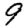
Digit: 9